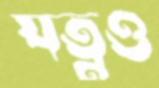
যত্নও